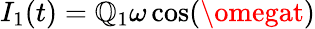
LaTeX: I_{1}(t)=\mathbb{Q}_{1}\omega\cos(\omegat)